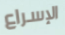
الإسراع